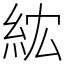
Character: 𥿢